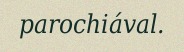
parochiával.